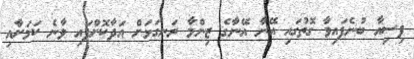
ފިސިއާ ބުނެފައިވާ ގޮތުގައި އޭނާ އޭނާގެ ޒިންމާ ރަނގަޅަށް އަދާކޮށްފައި ވާނެ ކަމަށާއި